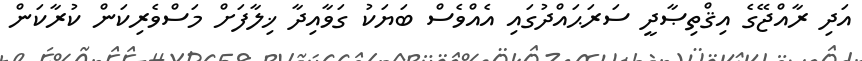
އަދި ރާއްޖޭގެ އިޤްތިޞާދީ ސަރަޙައްދުގައި އެއްވެސް ބަޔަކު ގަވާއިދާ ޚިލާފަށް މަސްވެރިކަން ކުރާކަން